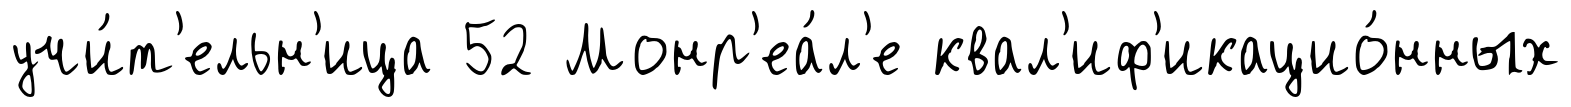
учи́т'ельн'ица 52 Монр'еа́л'е квал'иф'икацио́нных